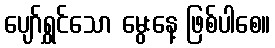
ပျော်ရွှင်သော မွေးနေ့ ဖြစ်ပါစေ။